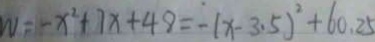
w = - x ^ { 2 } + 7 x + 4 8 = - ( x - 3 . 5 ) ^ { 2 } + 6 0 . 2 5